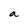
Character: a